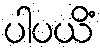
ပါပယိံ